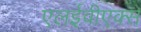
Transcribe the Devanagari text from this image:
एलईवीएक्स